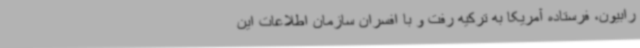
رابیون، فرستاده آمریکا به ترکیه رفت و با افسران سازمان اطلاعات این